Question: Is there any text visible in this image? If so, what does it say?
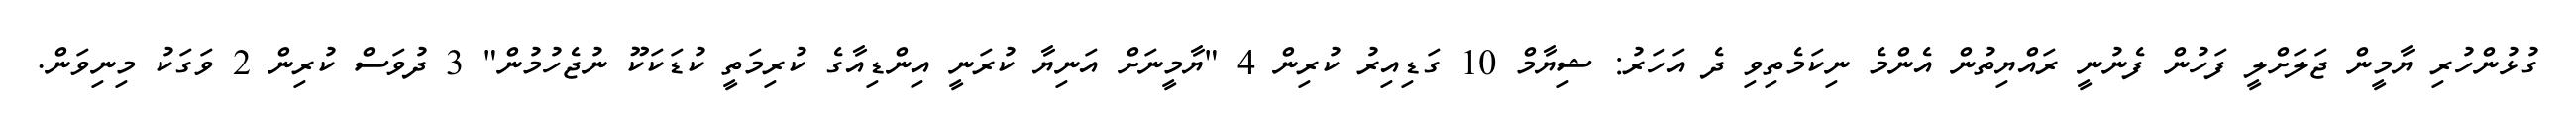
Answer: ގުޅުންހުރި ޔާމީން ޖަލަށްލީ ފަހުން ފެނުނީ ރައްޔިތުން އެންމެ ނިކަމެތިވި ދެ އަހަރު: ޝިޔާމް 10 ގަޑިއިރު ކުރިން 4 "ޔާމީނަށް އަނިޔާ ކުރަނީ އިންޑިއާގެ ކުރިމަތީ ކުޑަކަކޫ ނުޖެހުމުން" 3 ދުވަސް ކުރިން 2 ވަގަކު މިނިވަން.